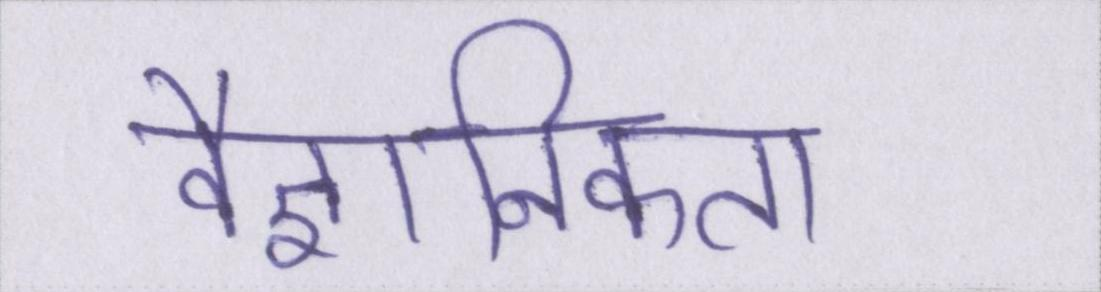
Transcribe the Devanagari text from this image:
वैज्ञानिकता